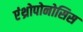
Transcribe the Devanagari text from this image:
एंथ्रोपोनोसिस